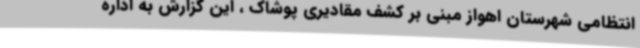
انتظامی شهرستان اهواز مبنی بر کشف مقادیری پوشاک ، این گزارش به اداره